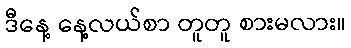
ဒီနေ့ နေ့လယ်စာ တူတူ စားမလား။